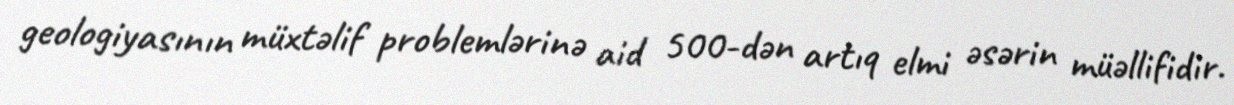
geologiyasının müxtəlif problemlərinə aid 500-dən artıq elmi əsərin müəllifidir.